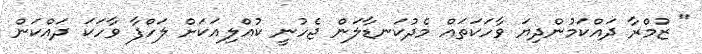
" ޒުމްރާ ދައްކަމުންދިޔަ ވާހަކަތައް މެދުކަނޑާލަން ޖެހުނީ ކުއްލިއަކަށް ލަހްފާ ވާހަކަ ދައްކަން